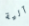
آلية